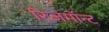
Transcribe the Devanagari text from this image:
रिजमॉन्ट